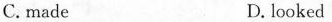
C.made D. looked